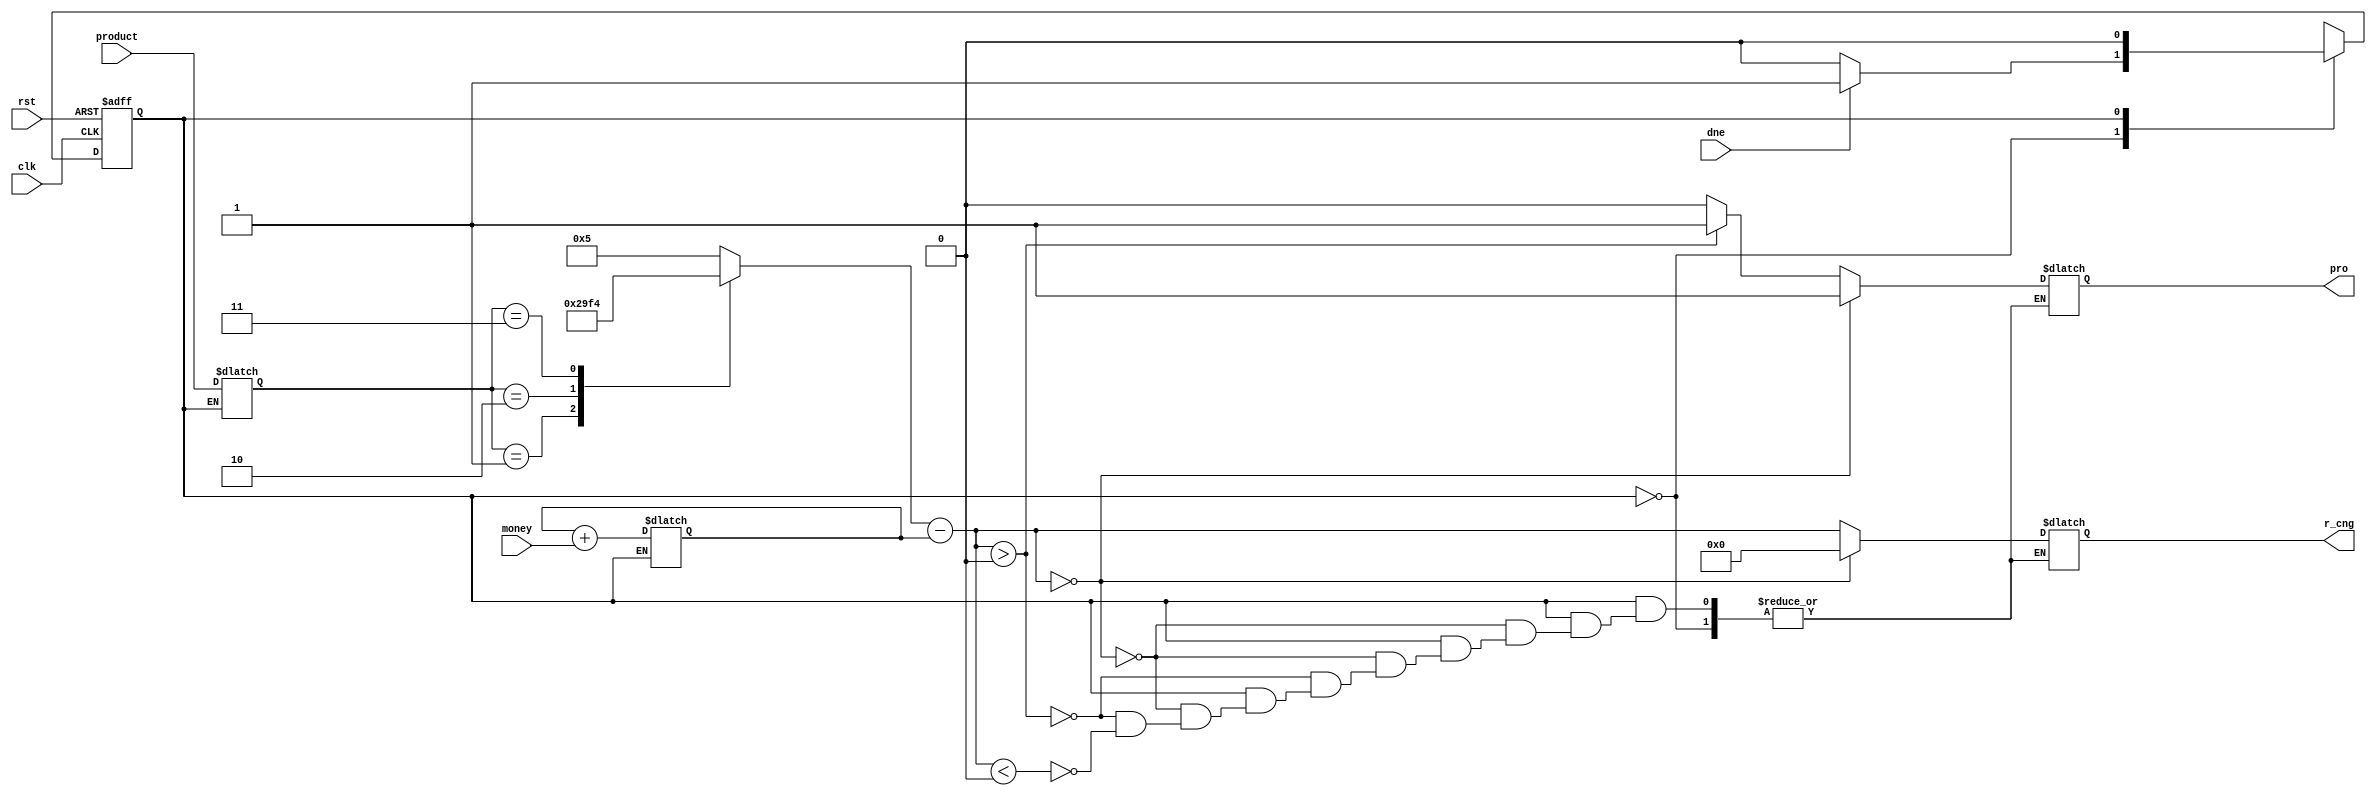
module v(pro,r_cng,clk,rst,dne,money,product);
output reg pro;
output reg [4:0] r_cng;
input [4:0] money;
input clk,rst,dne;
input [1:0] product;

reg st,nst;
reg [1:0] prd;
reg[4:0] mny,i_mny,cst,cng;


always@(posedge clk or posedge rst)
begin
if(rst)
 begin
  st<=1'b0;
 end
else
 begin
  st<=nst;
 end
end

always @(*)
begin
 case(st)
   1'b0: begin
	   i_mny= money;
 	   mny=mny+i_mny;
	   prd=product;
	   nst=(dne)?(1'b1):(1'b0);
	  end
   1'b1: begin
	   case(prd)
		2'b00: cst= 5'b00101;
		2'b01: cst= 5'b01010;
		2'b10: cst= 5'b01111;
		2'b11: cst= 5'b10100;
		default: cst=5'b00000;
	   endcase
 		cng=cst-mny;
		if(cng==0)
		 begin
		   pro=1'b1;
		   r_cng=0;
		 end
		else if(cng>0)
		 begin
		   pro=1'b1;
		   r_cng=cng;
		 end
		else if(cng<0)
		 begin
		  pro=1'b0;
		  r_cng=cng;
		 end
	   nst=1'b0;
	  end
  default: nst=1'b0;
 endcase
end

endmodule